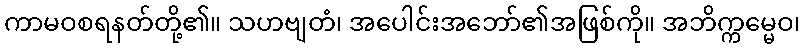
ကာမဝစရနတ်တို့၏။ သဟဗျတံ၊ အပေါင်းအဘော်၏အဖြစ်ကို။ အဘိက္ကမ္မေဝ၊